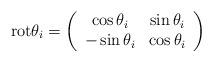
LaTeX: \begin{align*}{\rm rot} \theta_i = \left(\begin{array}{cc}\cos \theta_i & \sin \theta_i \\-\sin \theta_i & \cos \theta_i \\\end{array}\right)\end{align*}